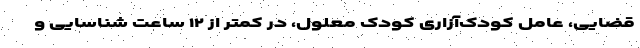
قضایی، عامل کودک‌آزاریِ کودکِ معلول، در کمتر از ۱۲ ساعت شناسایی و